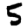
Digit: 5